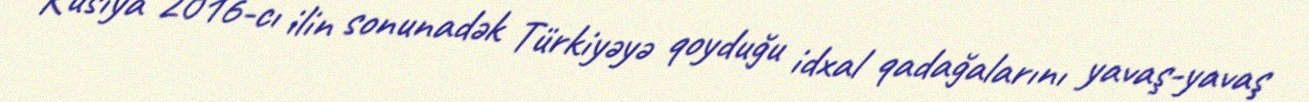
Rusiya 2016-cı ilin sonunadək Türkiyəyə qoyduğu idxal qadağalarını yavaş-yavaş